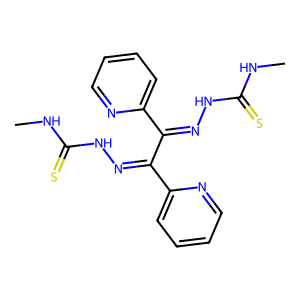
SMILES: CNC(=S)NN=C(C(=NNC(=S)NC)c1ccccn1)c1ccccn1
Inhibits HIV replication: No